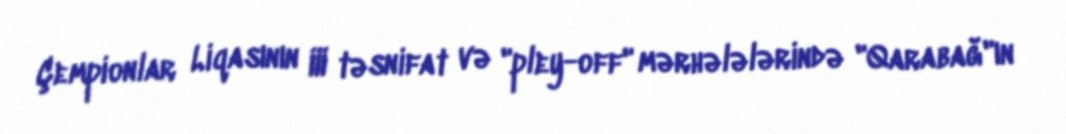
Çempionlar Liqasının III təsnifat və "pley-off" mərhələlərində "Qarabağ"ın